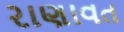
રાણાવત